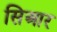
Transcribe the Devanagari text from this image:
सिआर